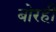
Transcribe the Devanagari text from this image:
बोरही